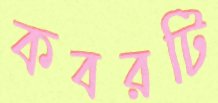
কবরটি